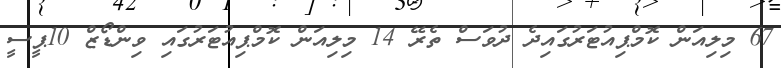
67 މިލިއަން ކޮމްޕިއުޓަރުގައިދެ ދުވަސް ތެރޭ 14 މިލިއަން ކޮމްޕިއުޓަރުގައި ވިންޑޯޒް 10ޕީސީ